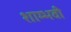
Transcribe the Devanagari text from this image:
शाम्भवी